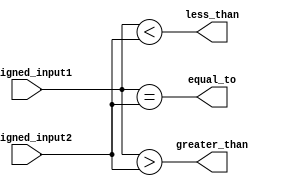
module unsigned_comparator (
    input [7:0] unsigned_input1,
    input [7:0] unsigned_input2,
    output greater_than,
    output less_than,
    output equal_to
);

assign greater_than = (unsigned_input1 > unsigned_input2);
assign less_than = (unsigned_input1 < unsigned_input2);
assign equal_to = (unsigned_input1 == unsigned_input2);

endmodule